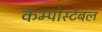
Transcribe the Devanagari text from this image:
कम्पोस्टेबल